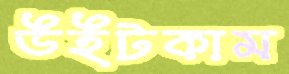
উইটকাম